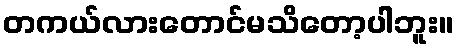
တကယ်လားတောင်မသိတော့ပါဘူး။